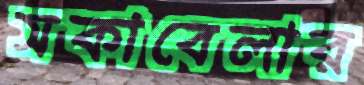
সকাবেলার